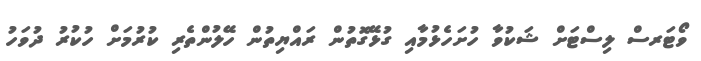
ވޯޓަރސް ލިސްޓަށް ޝަކުވާ ހުށަހެޅުމާއި ގުޅޭގޮތުން ރައްޔިތުން ހޭލުންތެރި ކުރުމަށް ހުކުރު ދުވަހު